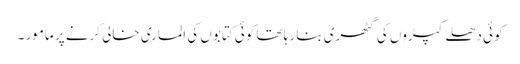
کوئی دھلے کپڑوں کی گٹھری بنا رہا تھا کوئی کتابوں کی الماری خالی کرنے پر مامور ۔